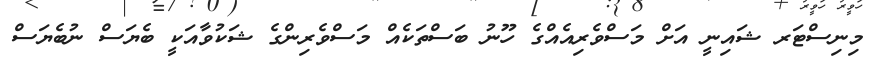
މިނިސްޓަރ ޝައިނީ އަށް މަސްވެރިއެއްގެ ހޫނު ބަސްތަކެއް މަސްވެރިންގެ ޝަކުވާއަކީ ބެޔަސް ނުބެޔަސް